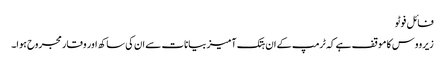
فائل فوٹو
زیرووس کا موقف ہے کہ ٹرمپ کے ان ہتک آمیز بیانات سے ان کی ساکھ اور وقار مجروح ہوا۔